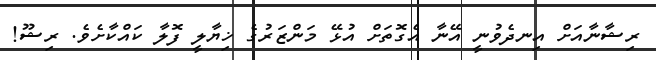
ރިޝާނާއަށް އިނދެވުނީ އޭނާ އެގޮތަށް އުޅޭ މަންޒަރުގެ ޚިޔާލީ ފޮލާ ކައްކާށެވެ. ރިޝޫ!